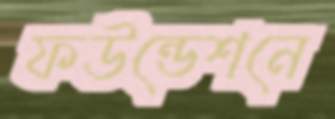
ফউন্ডেশনে